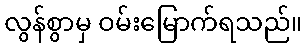
လွန်စွာမှ ဝမ်းမြောက်ရသည်။